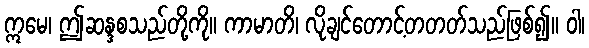
ဣမေ၊ ဤဆန္ဒစသည်တို့ကို။ ကာမာတိ၊ လိုချင်တောင့်တတတ်သည်ဖြစ်၍။ ဝါ၊